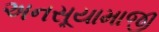
અનસૂયામાજી